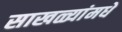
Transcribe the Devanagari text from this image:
साखळ्यांमधे